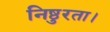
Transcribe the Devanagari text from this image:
निष्ठुरता।